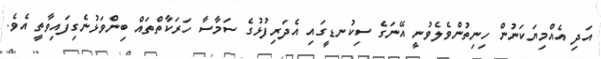
އަދި އެއްމިޔަކަނުން ހިނިތުންވެލެވުނީ އޭނަގެ ސިކުނޑީގައި އެދަރިފުޅުގެ ސަމާސާ ހަރަކާތްތައް ބިންވަޅުނެގިފައިވާތީ އެވެ.